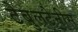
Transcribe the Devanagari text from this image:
टेबुलटेनीस